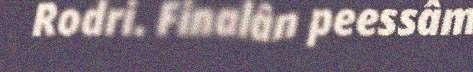
Rodri. Finalân peessâm